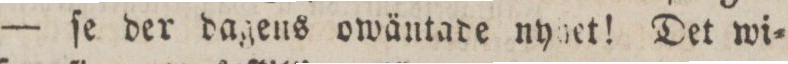
— ſe der dagens owäntade nyhet! Det wi=